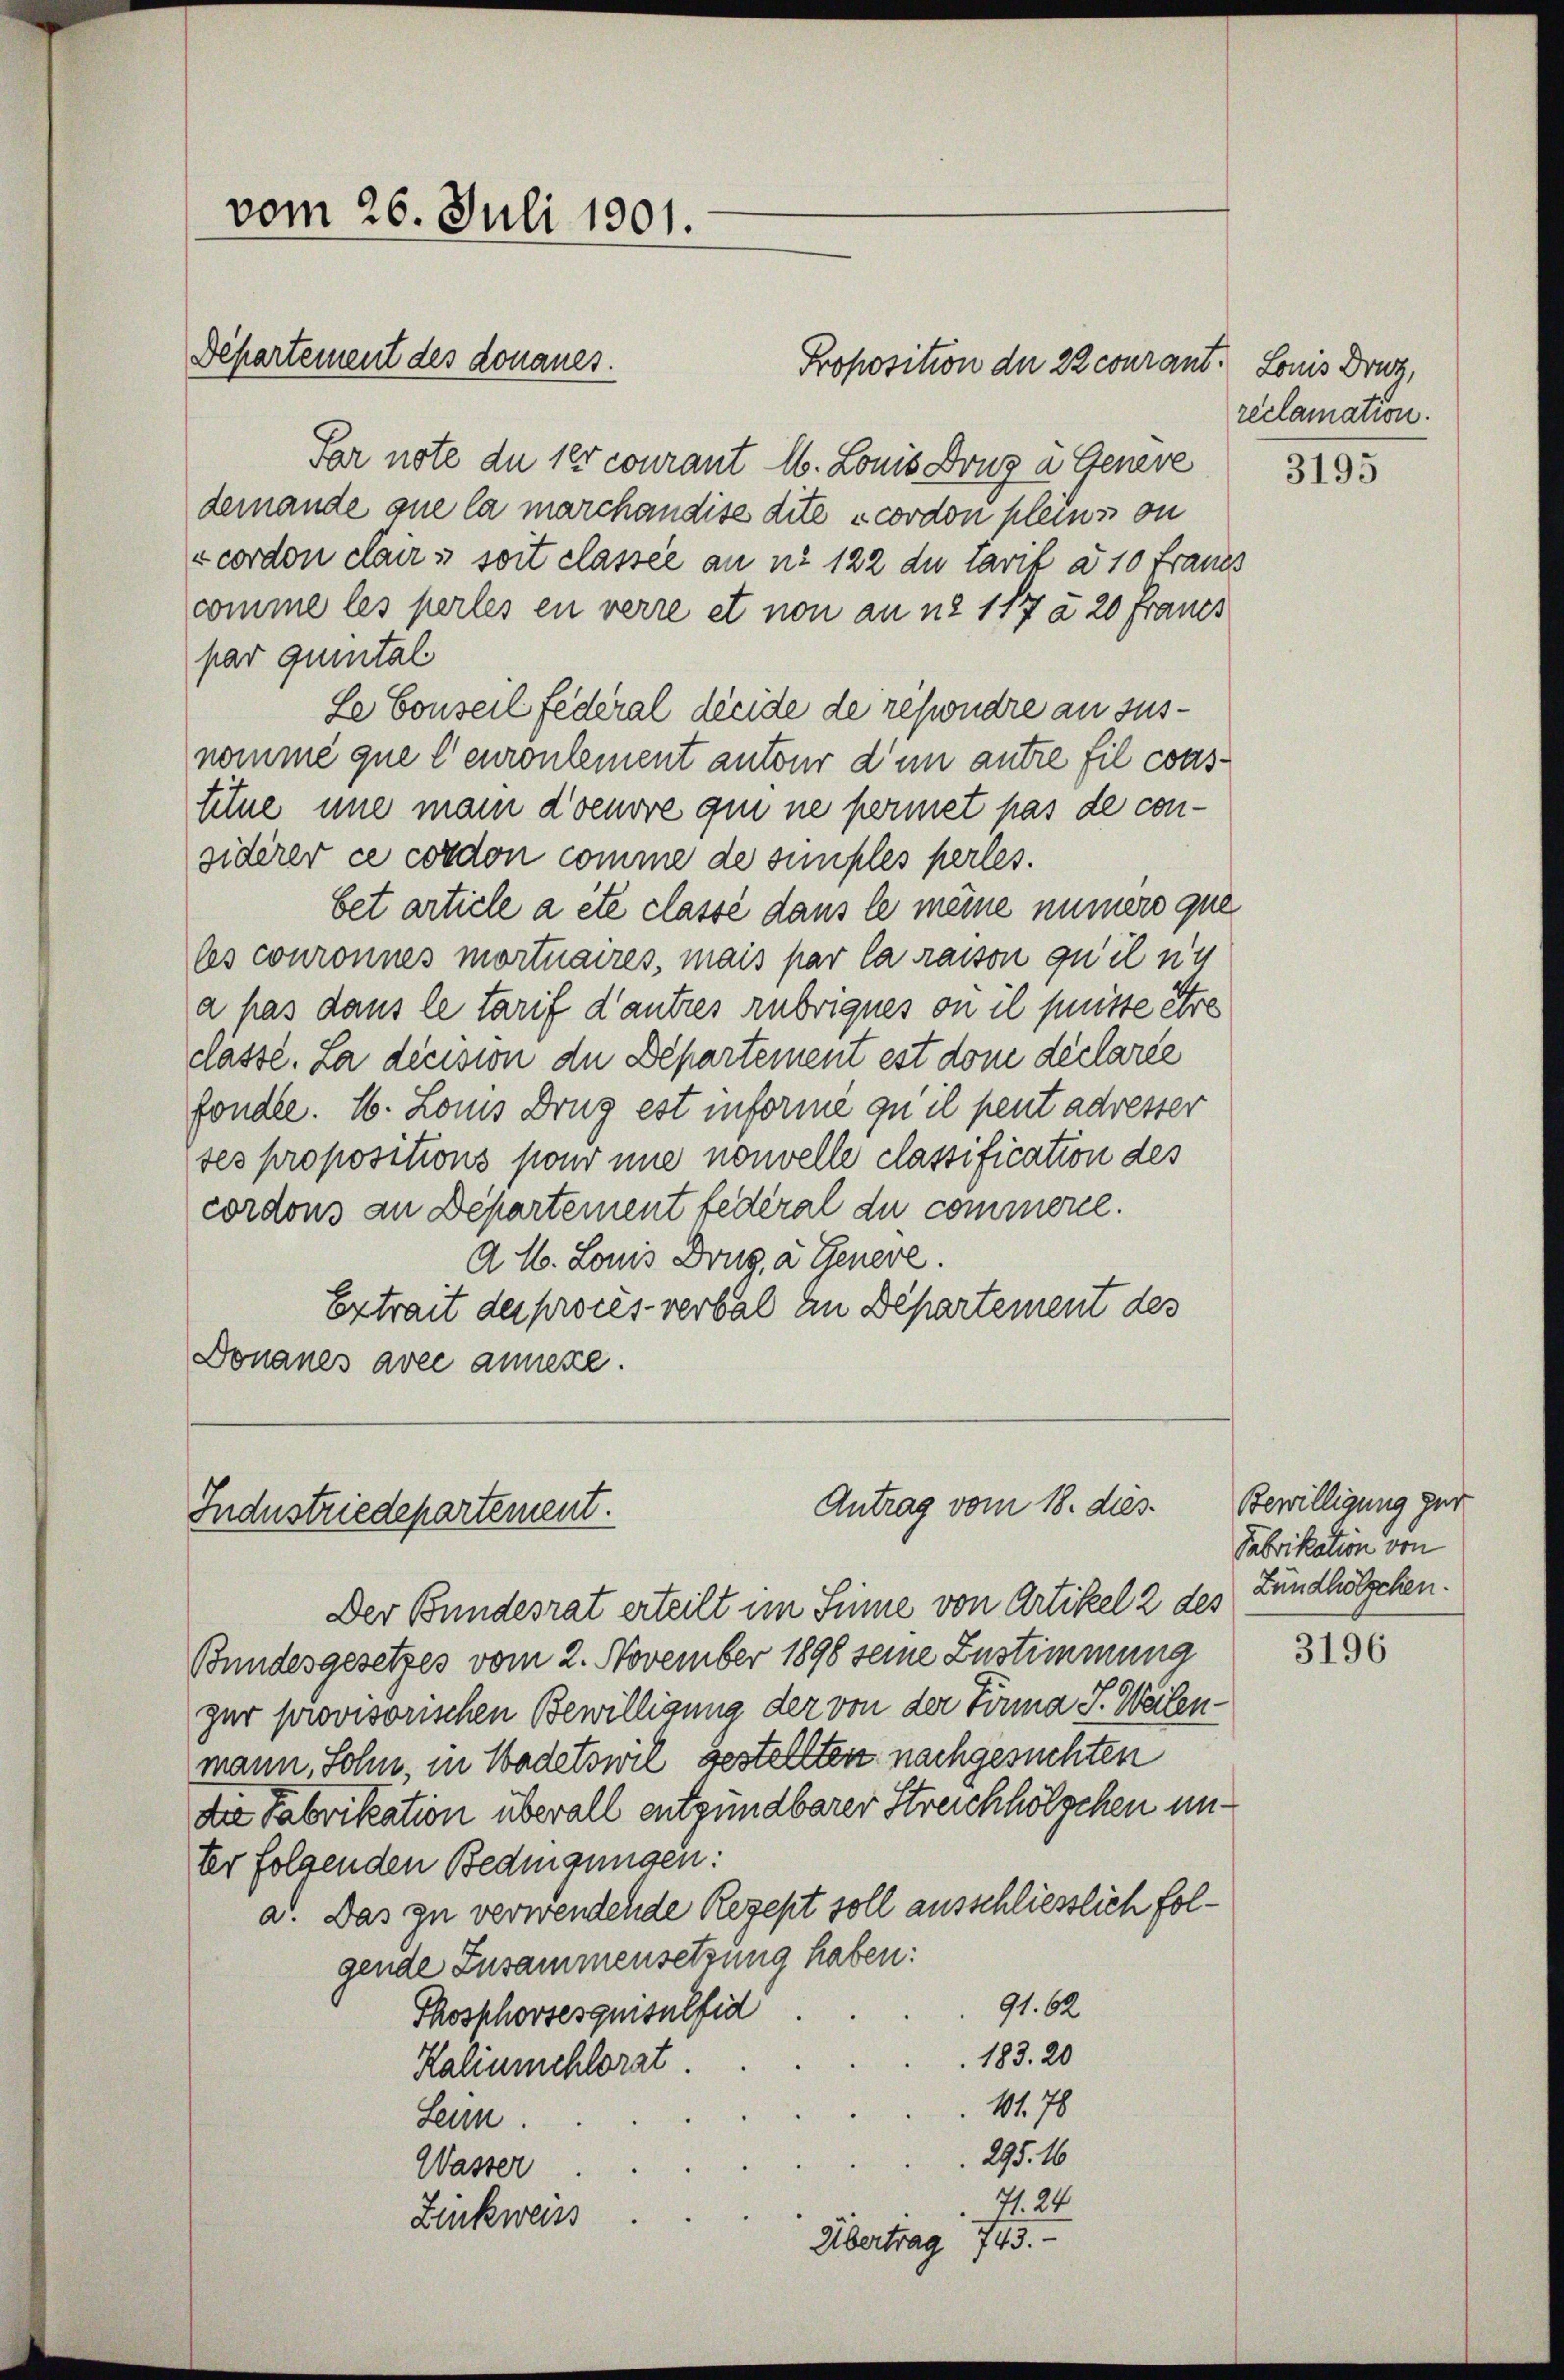
vom 26. Juli 1901.

Departement des donaues.

Antrag vom 18. dies
Industriedepartement.

Proposition der 22 courant. Louis Druz,
Par note du 10 courant M. Louis Brug à Genere
demande que la marchandise dite cordon pleins on
vcorden Clairs soit classee an nr 122 du tarif à 10 Fraues
comme les perles en verre et non an nr 117 à 20 Fraues
par quintal
Le Conseil federal décide de respondre an susnomme que leuronlement autour d’un autre fil constitue une mann d’oeuvre qui ne permet pas de considerer ce cordon comme de sumples perles
bet article a été classé dans le meine immers que
les conronnes mortuaires, mais par la raison qu’il n’y
a pas dans le tarif d’autres rubriques on il puisse être
classe. La decision de Departement est dom declarée
fondle. 16. Lois Drug est informe qu’ il peut adresser
tes propositions pour une nouvelle classification des
cordons an Departement federal du commerce.
A. H. Louis Drug, a. Genere.
Extrait der procès-verbal in Departement des
Donaues avec annexe.

reclamation.

Der Bundesrat erteilt im Sinne von Artikel 2 des Zündhölzchen.
Bundesgesetzes vom 2. November 1898 seine Zustimmung
zur provisorischen Bewilligung der von der Firma J. Weilenmann, Sohn, in Wadetswil gestellten nachgesuchten
die Fabrikation überall entgündbarer Streichhölzchen unter folgenden Bedingungen:
a. Das zu verwendende Rezept soll ausschliesslich folgende Zusammensetzung haben:
91. 62
Phosphovsesquisulfid
183. 20
Kalinschlorat
41. 78
Leun.
295. 16
Wasser
71. 24.
Zinkweiss
Übertrag 745.

3195

Bewilligung zur
Fabrikation von

3196